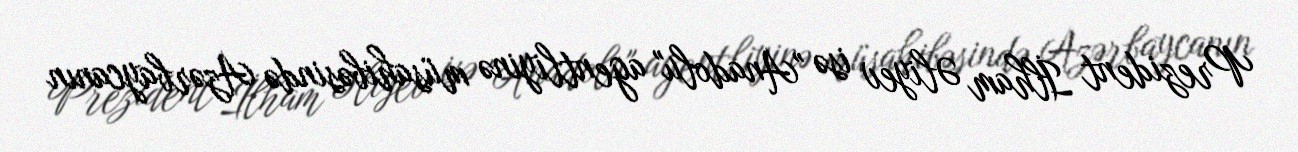
Prezident İlham Əliyev isə "Anadolu" agentliyinə müsahibəsində Azərbaycanın